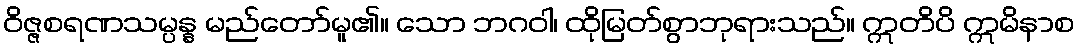
ဝိဇ္ဇစရဏသမ္ပန္န မည်တော်မူ၏။ သော ဘဂဝါ၊ ထိုမြတ်စွာဘုရားသည်။ ဣတိပိ ဣမိနာစ